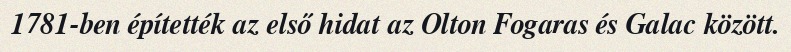
1781-ben építették az első hidat az Olton Fogaras és Galac között.